Civil Veterinary Dept. North-West Frontier Province 1901-22 - 1901-1922
Year: 1901
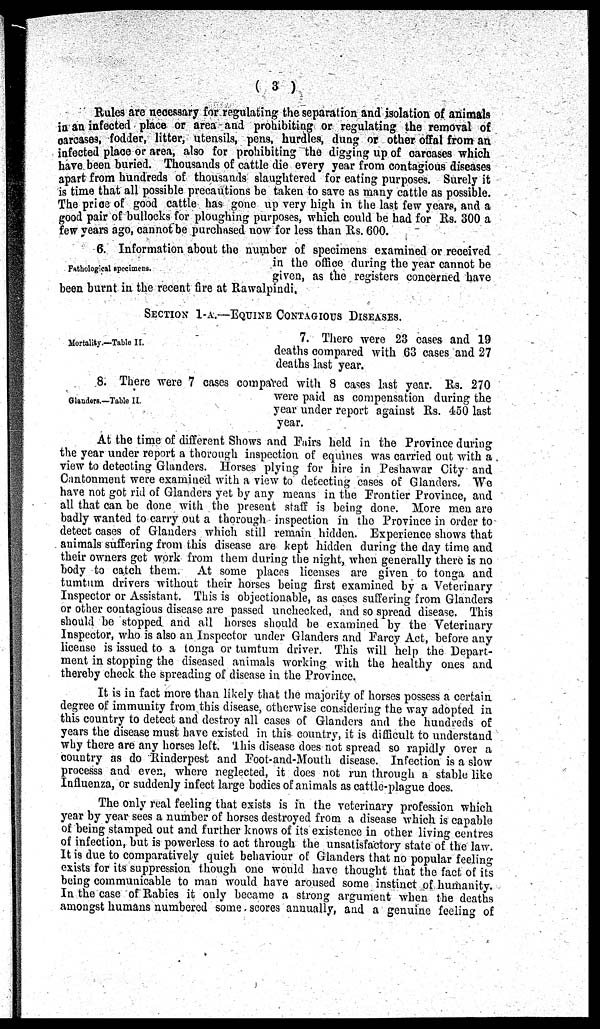
(3)
Rules are necessary for regulating the separation and isolation of animals
in an infected place or area and prohibiting or regulating the removal of
carcases, fodder, litter, utensils, pens, hurdles, dung or other offal from an
infected place or area, also for prohibiting the digging up of carcases which
have been buried. Thousands of cattle die every year from contagious diseases
apart from hundreds of thousands slaughtered for eating purposes. Surely it
is time that all possible precautions be taken to save as many cattle as possible.
The price of good cattle has gone up very high in the last few years, and a
good pair of bullocks for ploughing purposes, which could be had for Rs. 300 a
few years ago, cannot be purchased now for less than Rs. 600.
Pathological specimens.
6. Information about the number of specimens examined or received
in the office during the year cannot be
given, as the registers concerned have
been burnt in the recent fire at Rawalpindi.
SECTION 1-A.—EQUINE CONTAGIOUS DISEASES.
Mortality.—Table II.
7. There were 23 cases and 19
deaths compared with 63 cases and 27
deaths last year.
Glandors.—Table II.
8. There were 7 cases compared with 8 cases last year. Rs. 270
were paid as compensation during the
year under report against Rs. 450 last
year.
At the time of different Shows and Fairs held in the Province during
the year under report a thorough inspection of equines was carried out with a
view to detecting Glanders. Horses plying for hire in Peshawar City and
Cantonment were examined with a view to detecting cases of Glanders. We
have not got rid of Glanders yet by any means in the Frontier Province, and
all that can be done with the present staff is being done. More men are
badly wanted to carry out a thorough inspection in the Province in order to
detect cases of Glanders which still remain hidden. Experience shows that
animals suffering from this disease are kept hidden during the day time and
their owners get work from them during the night, when generally there is no
body to catch them. At some places licenses are given to tonga and
tumtum drivers without their horses being first examined by a Veterinary
Inspector or Assistant. This is objectionable, as cases suffering from Glanders
or other contagious disease are passed unchecked, and so spread disease. This
should be stopped and all horses should be examined by the Veterinary
Inspector, who is also an Inspector under Glanders and Farcy Act, before any
license is issued to a tonga or tumtum driver. This will help the Depart-
ment in stopping the diseased animals working with the healthy ones and
thereby check the spreading of disease in the Province.
It is in fact more than likely that the majority of horses possess a certain
degree of immunity from this disease, otherwise considering the way adopted in
this country to detect and destroy all cases of Glanders and the hundreds of
years the disease must have existed in this country, it is difficult to understand
why there are any horses left. This disease does not spread so rapidly over a
country as do Rinderpest and Foot-and-Mouth disease. Infection is a slow
processs and even, where neglected, it does not run through a stable like
Influenza, or suddenly infect large bodies of animals as cattle-plague does.
The only real feeling that exists is in the veterinary profession which
year by year sees a number of horses destroyed from a disease which is capable
of being stamped out and further knows of its existence in other living centres
of infection, but is powerless to act through the unsatisfactory state of the law.
It is due to comparatively quiet behaviour of Glanders that no popular feeling
exists for its suppression though one would have thought that the fact of its
being communicable to man would have aroused some instinct of humanity.
In the case of Rabies it only became a strong argument when the deaths
amongst humans numbered some scores annually, and a genuine feeling of